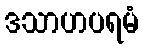
ဒသာဟပရမံ